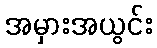
အမှားအယွင်း